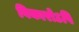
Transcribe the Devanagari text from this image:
विकारोऽपि